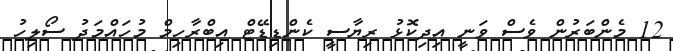
12 މެންބަރުން ވެސް ވަނީ އިދިކޮޅު ރިޔާސީ ކެންޑިޑޭޓް އިބްރާހިމް މުހައްމަދު ސޯލިހު